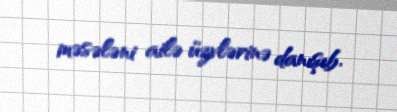
məsələni ailə üzvlərinə danışıb.